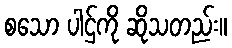
စသော ပါဌ်ကို ဆိုသတည်း။